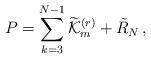
LaTeX: \begin{align*}P= \sum_{k = 3}^{N - 1} \widetilde{\cal K}_m^{(r)} + \tilde{R}_N\,, \end{align*}